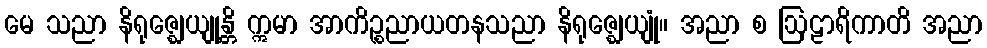
မေ သညာ နိရုဇ္ဈေယျုန္တိ ဣမာ အာကိဉ္စညာယတနသညာ နိရုဇ္ဈေယျုံ။ အညာ စ ဩဠာရိကာတိ အညာ